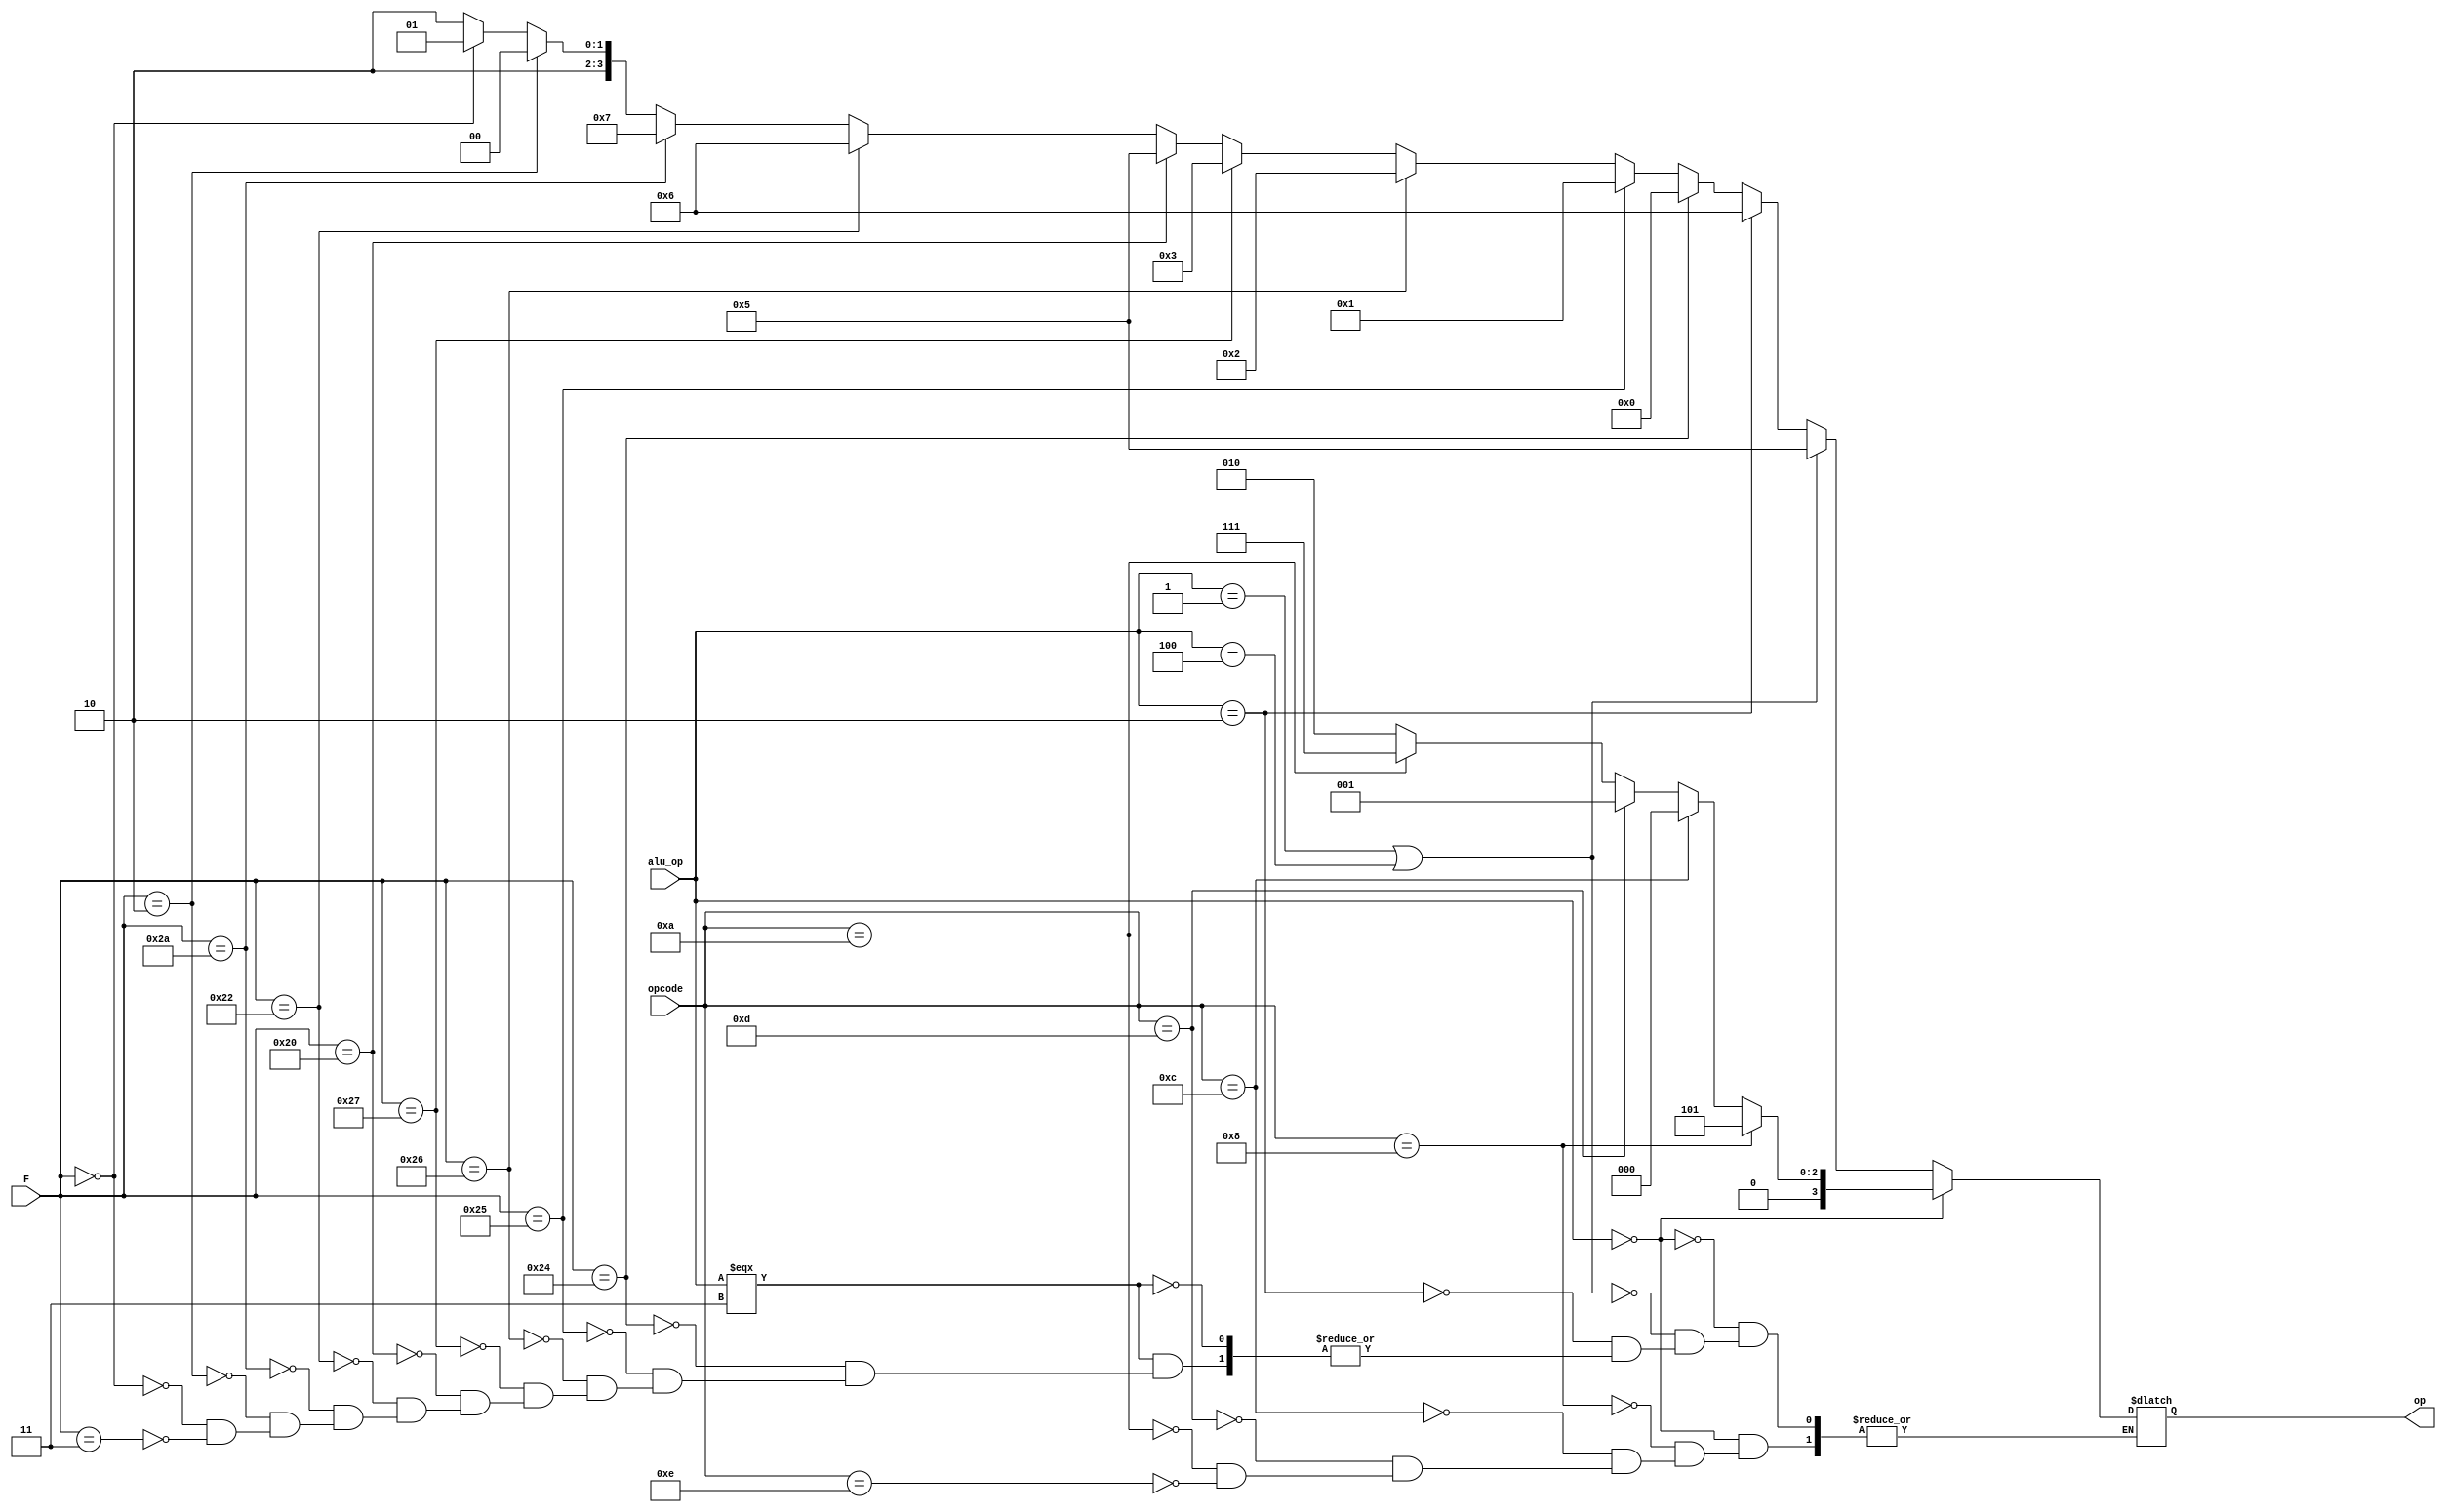
`timescale 1ns / 1ps
`default_nettype none
//////////////////////////////////////////////////////////////////////////////////
// 
// Module Name:    alu_control 
// Description: 
//
//////////////////////////////////////////////////////////////////////////////////
module alu_control(alu_op, opcode, F, op);
	//port definitions
	input  wire [2:0] alu_op; // 0: I-type, 1: mem, 2: branch, 3: R-type, 4: add
   input  wire [5:0] opcode;
	input  wire [5:0] F;
	
	output reg [3:0] op;
	
	always @(*) begin
   	// I-type instructions use the opcode only
      if (alu_op == 3'b000) begin
         if (opcode == 6'b001000) op <= 4'b0101;  // addi
         else if (opcode == 6'b001100) op <= 4'b0000;  // andi
         else if (opcode == 6'b001101) op <= 4'b0001;  // ori
         else if (opcode == 6'b001010) op <= 4'b0111;  // slti
         else if (opcode == 6'b001110) op <= 4'b0010;  // xori
      end // Load and store instructions, raw add
      else if (alu_op == 3'b001 || alu_op == 3'b100) op <= 4'b0101;
      // Branch instructions
		else if (alu_op == 3'b010) op <= 4'b0110;
      // R-type instructions
		else if (alu_op === 3'b011) begin
         if (F == 6'b100100) op <= 4'b0000; // and
         else if (F == 6'b100101) op <= 4'b0001; // or
         else if (F == 6'b100110) op <= 4'b0010; // xor
         else if (F == 6'b100111) op <= 4'b0011; // nor
         else if (F == 6'b100000) op <= 4'b0101; // add
         else if (F == 6'b100010) op <= 4'b0110; // sub
         else if (F == 6'b101010) op <= 4'b0111; // slt
         else if (F == 6'b000010) op <= 4'b1000; // srl
         else if (F == 6'b000000) op <= 4'b1001; // sll
         else if (F == 6'b000011) op <= 4'b1010; // sra
		end
	end

endmodule
`default_nettype wire